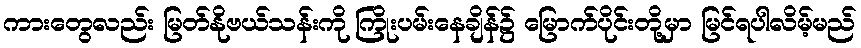
ကားတွေလည်း မြတ်နိုဗယ်သန်းကို ကြိုးပမ်းနေချိန်၌ မြောက်ပိုင်းတို့မှာ မြင်ရပါလိမ့်မည်